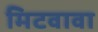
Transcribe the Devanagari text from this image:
मिटवावा